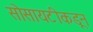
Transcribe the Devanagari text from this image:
सोसायटीकडून